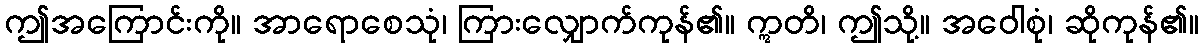
ဤအကြောင်းကို။ အာရောစေသုံ၊ ကြားလျှောက်ကုန်၏။ ဣတိ၊ ဤသို့။ အဝေါစုံ၊ ဆိုကုန်၏။